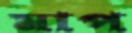
মাপ